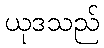
ယုဒသည်